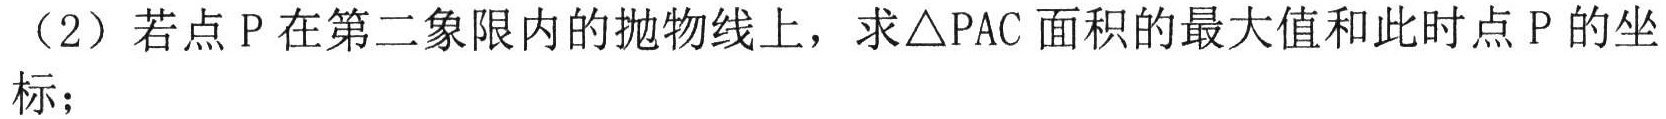
（2）若点\(P\)在第二象限内的抛物线上，求\(\triangle PAC\)面积的最大值和此时点\(P\)的坐标；